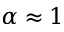
\alpha \approx 1